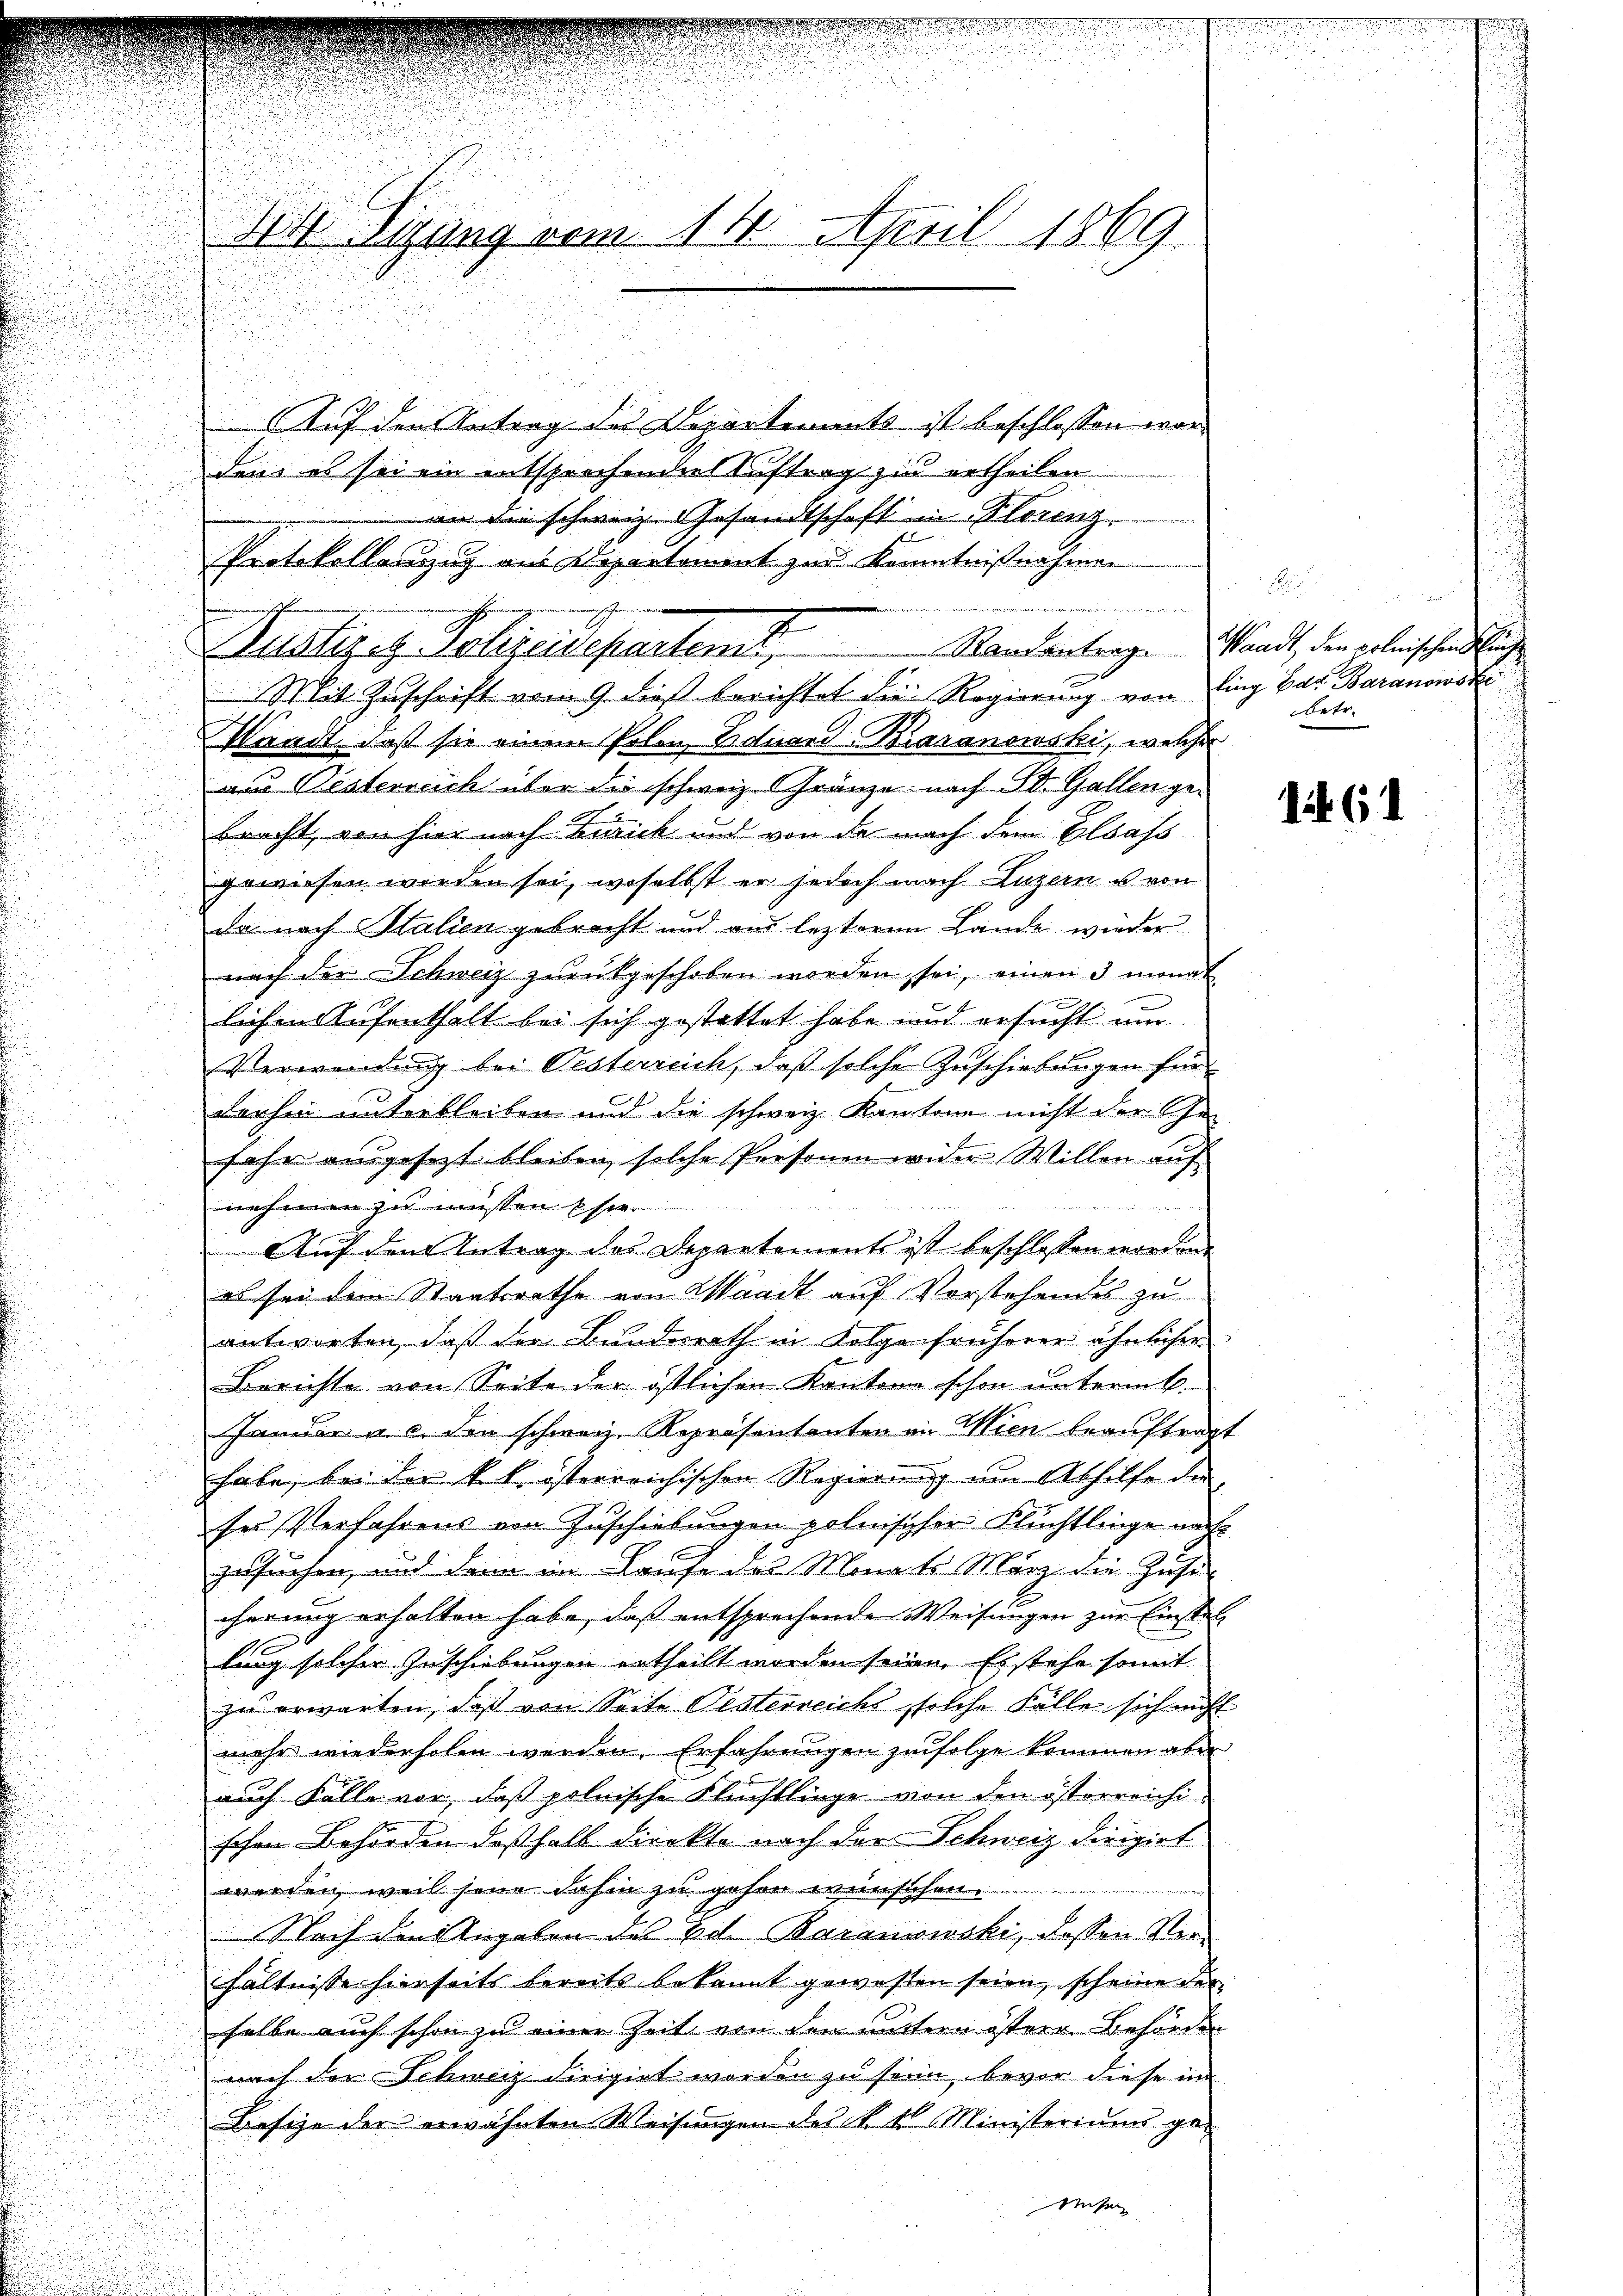
n
Sir Sitzung vom 14. April 1869.

Auf den Antrag des Departements ist beschlossen wori
den, es sei ein entsprochenden Auftrag zu ertheilen.

Mit Zuschrift vom 9. dieß berichtet die Regierung von Ling Bar. Baranowski
u
Waadt, daß sie eine Polen Eduard Baranowski, welcher
aus Pesterreich über die schweiz. Gränze nach St. Gallen gebracht, von hier nach Zurick und von de nach dem Elsass
gewiesen worden sei, woselbst er jedoch nach Luzern u von
da nach Stalien gebracht und aus lezteren Lande wieder
u
nach der Schweiz zurückgeschoben worden sei, einen 3 monat
.
lichen Aufenthalt bei sich gestattet habe und ersucht um
Verwendung bei Pesterreich, daß solche Zuschiebungen für
darhen unterbleiben und die schweiz. Kantone nicht der Ge-
sehr ausgesetzt bleiben solche Personen wider Willen auf
 22 des
ees er
nehmen zu müssen Este
Auf den Antrag des Departements ist beschlossen worden.
es sei dem Staatsrathe von Waadt auf Vorstehendes zu
antworten, daß der Bundesrath in Folge früherer ähnlicher
Berichte von Seite der östlichen Kantona schon untermt.
Januar u. c. den schweiz. Repräsentanten in Wien beauftragt
habe, bei der kl. österreichischen Regierung um Abhilfe der
sei Verfahrens von Zuschiebungen polnischer Flüchtlinge nach
gesuchen, und dann im Laufe des Monats März die Zehe
cherung erhalten habe, daß entsprechende Weisungen zur Einstel¬
u
lung solcher Zuschiebungen ertheilt worden seien. Es stehe somit
zu erwarten, daß von Seite Oesterreichs, solche Fälle sich nicht
mehr wiederholen werden. Erfahrungen zufolge kommen aber
auch Falle vor, daß polnische Flüchtlinge von den österreichischen Behörden deßhalb direkte nach der Schweiz dirigirt
werden, weil sein dahin zu gehen wünschen.
Nach den Angaben des Ed. Baranowski, dessen Verhältnisse hierseits bereits bekannt gewesten seien, scheine der
selbe auch schon zu einer Zeit von den untern östere Behörden
nach der Schweiz dirigiet worden zu sein, bevor diese in
Besize der erwähnten Weisungen des k. k. Ministeriums gese

an die schweiz. Gesandtschaft in Florenz
Protokollanzug aus Departement zur Kenntnißnahmen
Audliges Polizeideparten,

S

Randantrag. Waadt, den polnischen Sing
betr.

1461